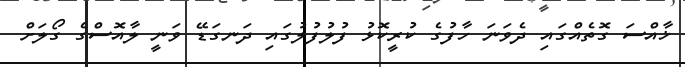
ޚާއްސަ ގޮތެއްގައި ދެވަނަ ހާފުގެ ކުރީކޮޅު ފުލުފުލުގައި ދަނގަޑޭ ވަނީ ލާއޮސްގެ ގޯލަށް